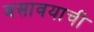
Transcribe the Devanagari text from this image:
बसावयाची